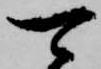
可